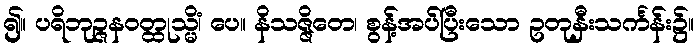
၍။ ပရိဘုဉ္ဇနဝတ္ထုသ္မိံ၊ ပေ။ နိသဇ္ဇိတေ၊ စွန့်အပ်ပြီးသော ဥတုနှီးသင်္ကန်း၌။